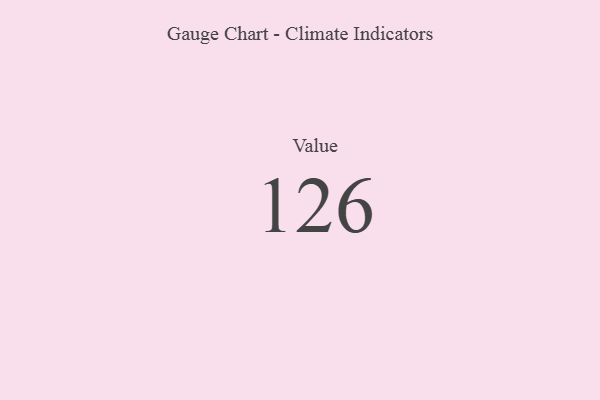
{"axis": {"x": "Metric", "y": "Value"}, "legend": [""], "data": [{"x": "Value", "y": 126, "type": ""}]}